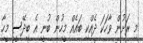
މި ރަށުން ވާހަކަ ދެއްކި ބައެއް މީހުން ބުނީ އެ ބިދޭސީ މީހާ